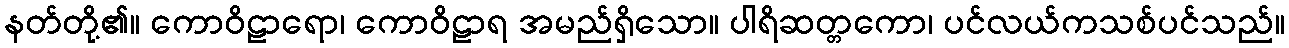
နတ်တို့၏။ ကောဝိဠာရော၊ ကောဝိဠာရ အမည်ရှိသော။ ပါရိဆတ္တကော၊ ပင်လယ်ကသစ်ပင်သည်။